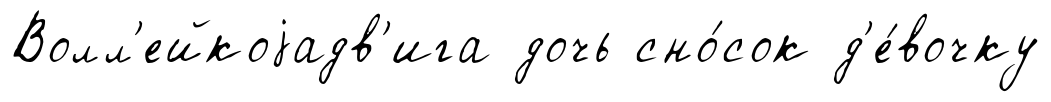
Волл'ейкоjадв'ига дочь сно́сок д'е́вочку